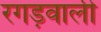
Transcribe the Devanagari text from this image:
रगड़वाली